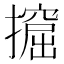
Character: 𢷈